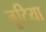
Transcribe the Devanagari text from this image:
जूटिया